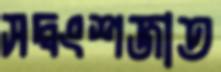
সদ্বংশজাত